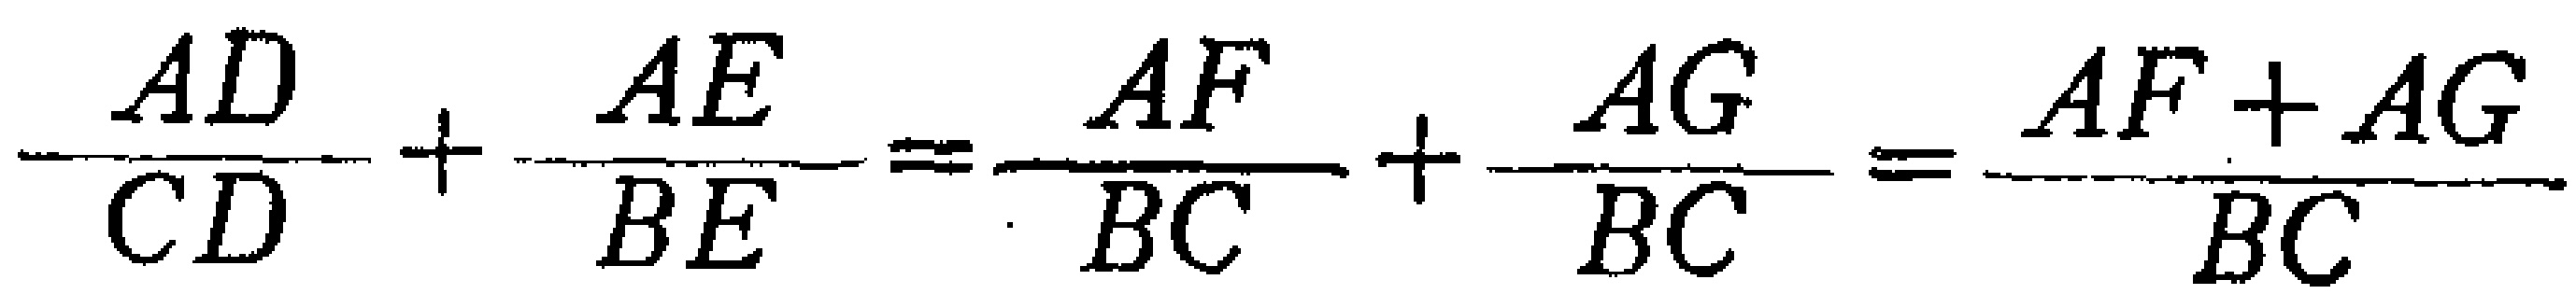
\frac{AD}{CD}+\frac{AE}{BE}=\frac{AF}{BC}+\frac{AG}{BC}=\frac{AF + AG}{BC}